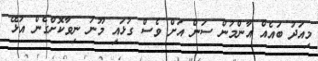
މިއަދު ބައެއް އާންމުން ސަން އަށް ވެސް ގުޅައި މޫނު ނިވާކޮށްގެން އުޅޭ